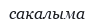
сақалыма